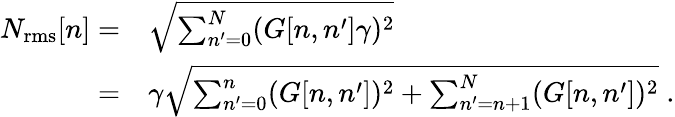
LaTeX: \begin{array}{rl}{N_{\mathrm{rms}}[n]=}&{\sqrt{\sum_{n^{\prime}=0}^{N}(G[n,n^{\prime}]\gamma)^{2}}}\\ {=}&{\gamma\sqrt{\sum_{n^{\prime}=0}^{n}(G[n,n^{\prime}])^{2}+\sum_{n^{\prime}=n+1}^{N}(G[n,n^{\prime}])^{2}}\; .}\end{array}